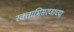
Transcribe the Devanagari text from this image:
रक्ताभिसरणाच्या